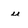
Character: u